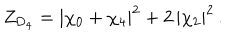
Z _ { \mathrm { D } _ { 4 } } = | \chi _ { 0 } + \chi _ { 4 } | ^ { 2 } + 2 \, | \chi _ { 2 } | ^ { 2 } \, .